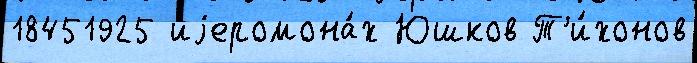
18451925 иjеромона́х Юшков Т'и́хонов